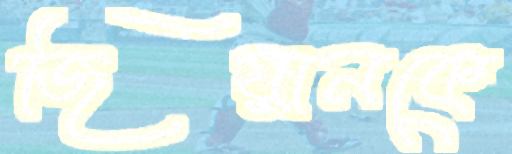
জিয়ানকে